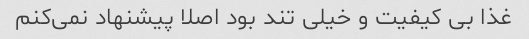
غذا بی کیفیت و خیلی تند بود اصلا پیشنهاد نمی‌کنم